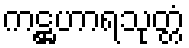
ကဋ္ဌဟာရသုတ္တံ